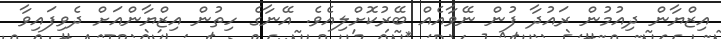
އިޒްޔާން ދިއުމުން ރައުދާ ފުން ނޭވާއެއް ބޭރުކޮށްލިއެވެ. އޭނާގެ ހިތުން އިޒްޔާންއަށް ދެވިފައިވާ